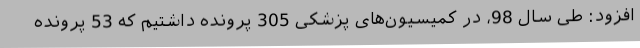
افزود: طی سال 98، در کمیسیون‌های پزشکی 305 پرونده داشتیم که 53 پرونده